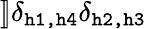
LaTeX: ]\! ]\delta_{\texttt{h1,h4}}\delta_{\texttt{h2,h3}}